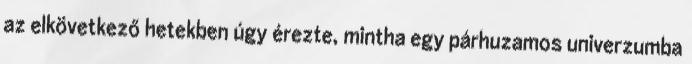
az elkövetkező hetekben úgy érezte, mintha egy párhuzamos univerzumba